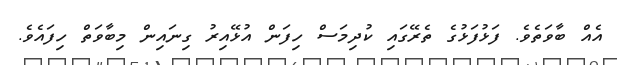
އެއް ބާވަތެވެ. ފަޅުފަޅުގެ ތެރޭގައި ކުދިމަސް ހިފަން އުޅޭއިރު ގިނައިން މިބާވަތް ހިފައެވެ.